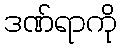
ဒဏ်ရာကို